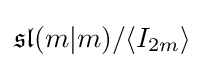
{\mathfrak {sl}}(m|m)/\langle I_{2m}\rangle